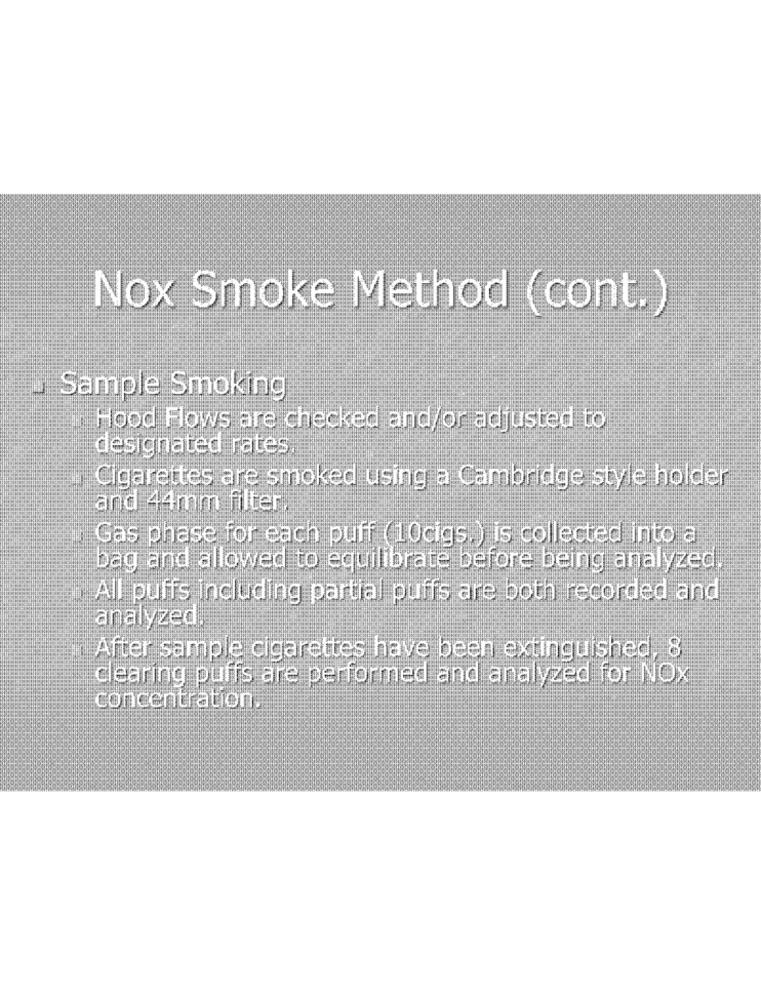
Nox Smoke Method (cont.)
Sample Smoking
Hood Flows are checked and/or adjusted to
designated rates
Cigarettes are smoked using a Cambridge style holder
and 44mm filter.
Gas phase for each puff ( 10cigs.) is collected into a
bag and allowed to equilibrate before being analyzed
All puffs including partial puffs are both recorded and
analyzed.
After sample cigarettes have been extinguished, 8
clearing puffs are performed and analyzed for NOX
concentration.